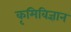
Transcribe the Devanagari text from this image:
कृमिविज्ञान